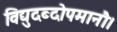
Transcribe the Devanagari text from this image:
विद्युदब्दोपमानौ।